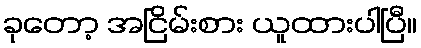
ခုတော့ အငြိမ်းစား ယူထားပါပြီ။